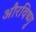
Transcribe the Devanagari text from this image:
औरविष्णु